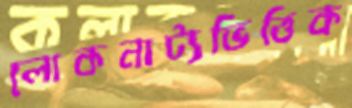
লোকনাট্যভিত্তিক